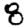
Digit: 8